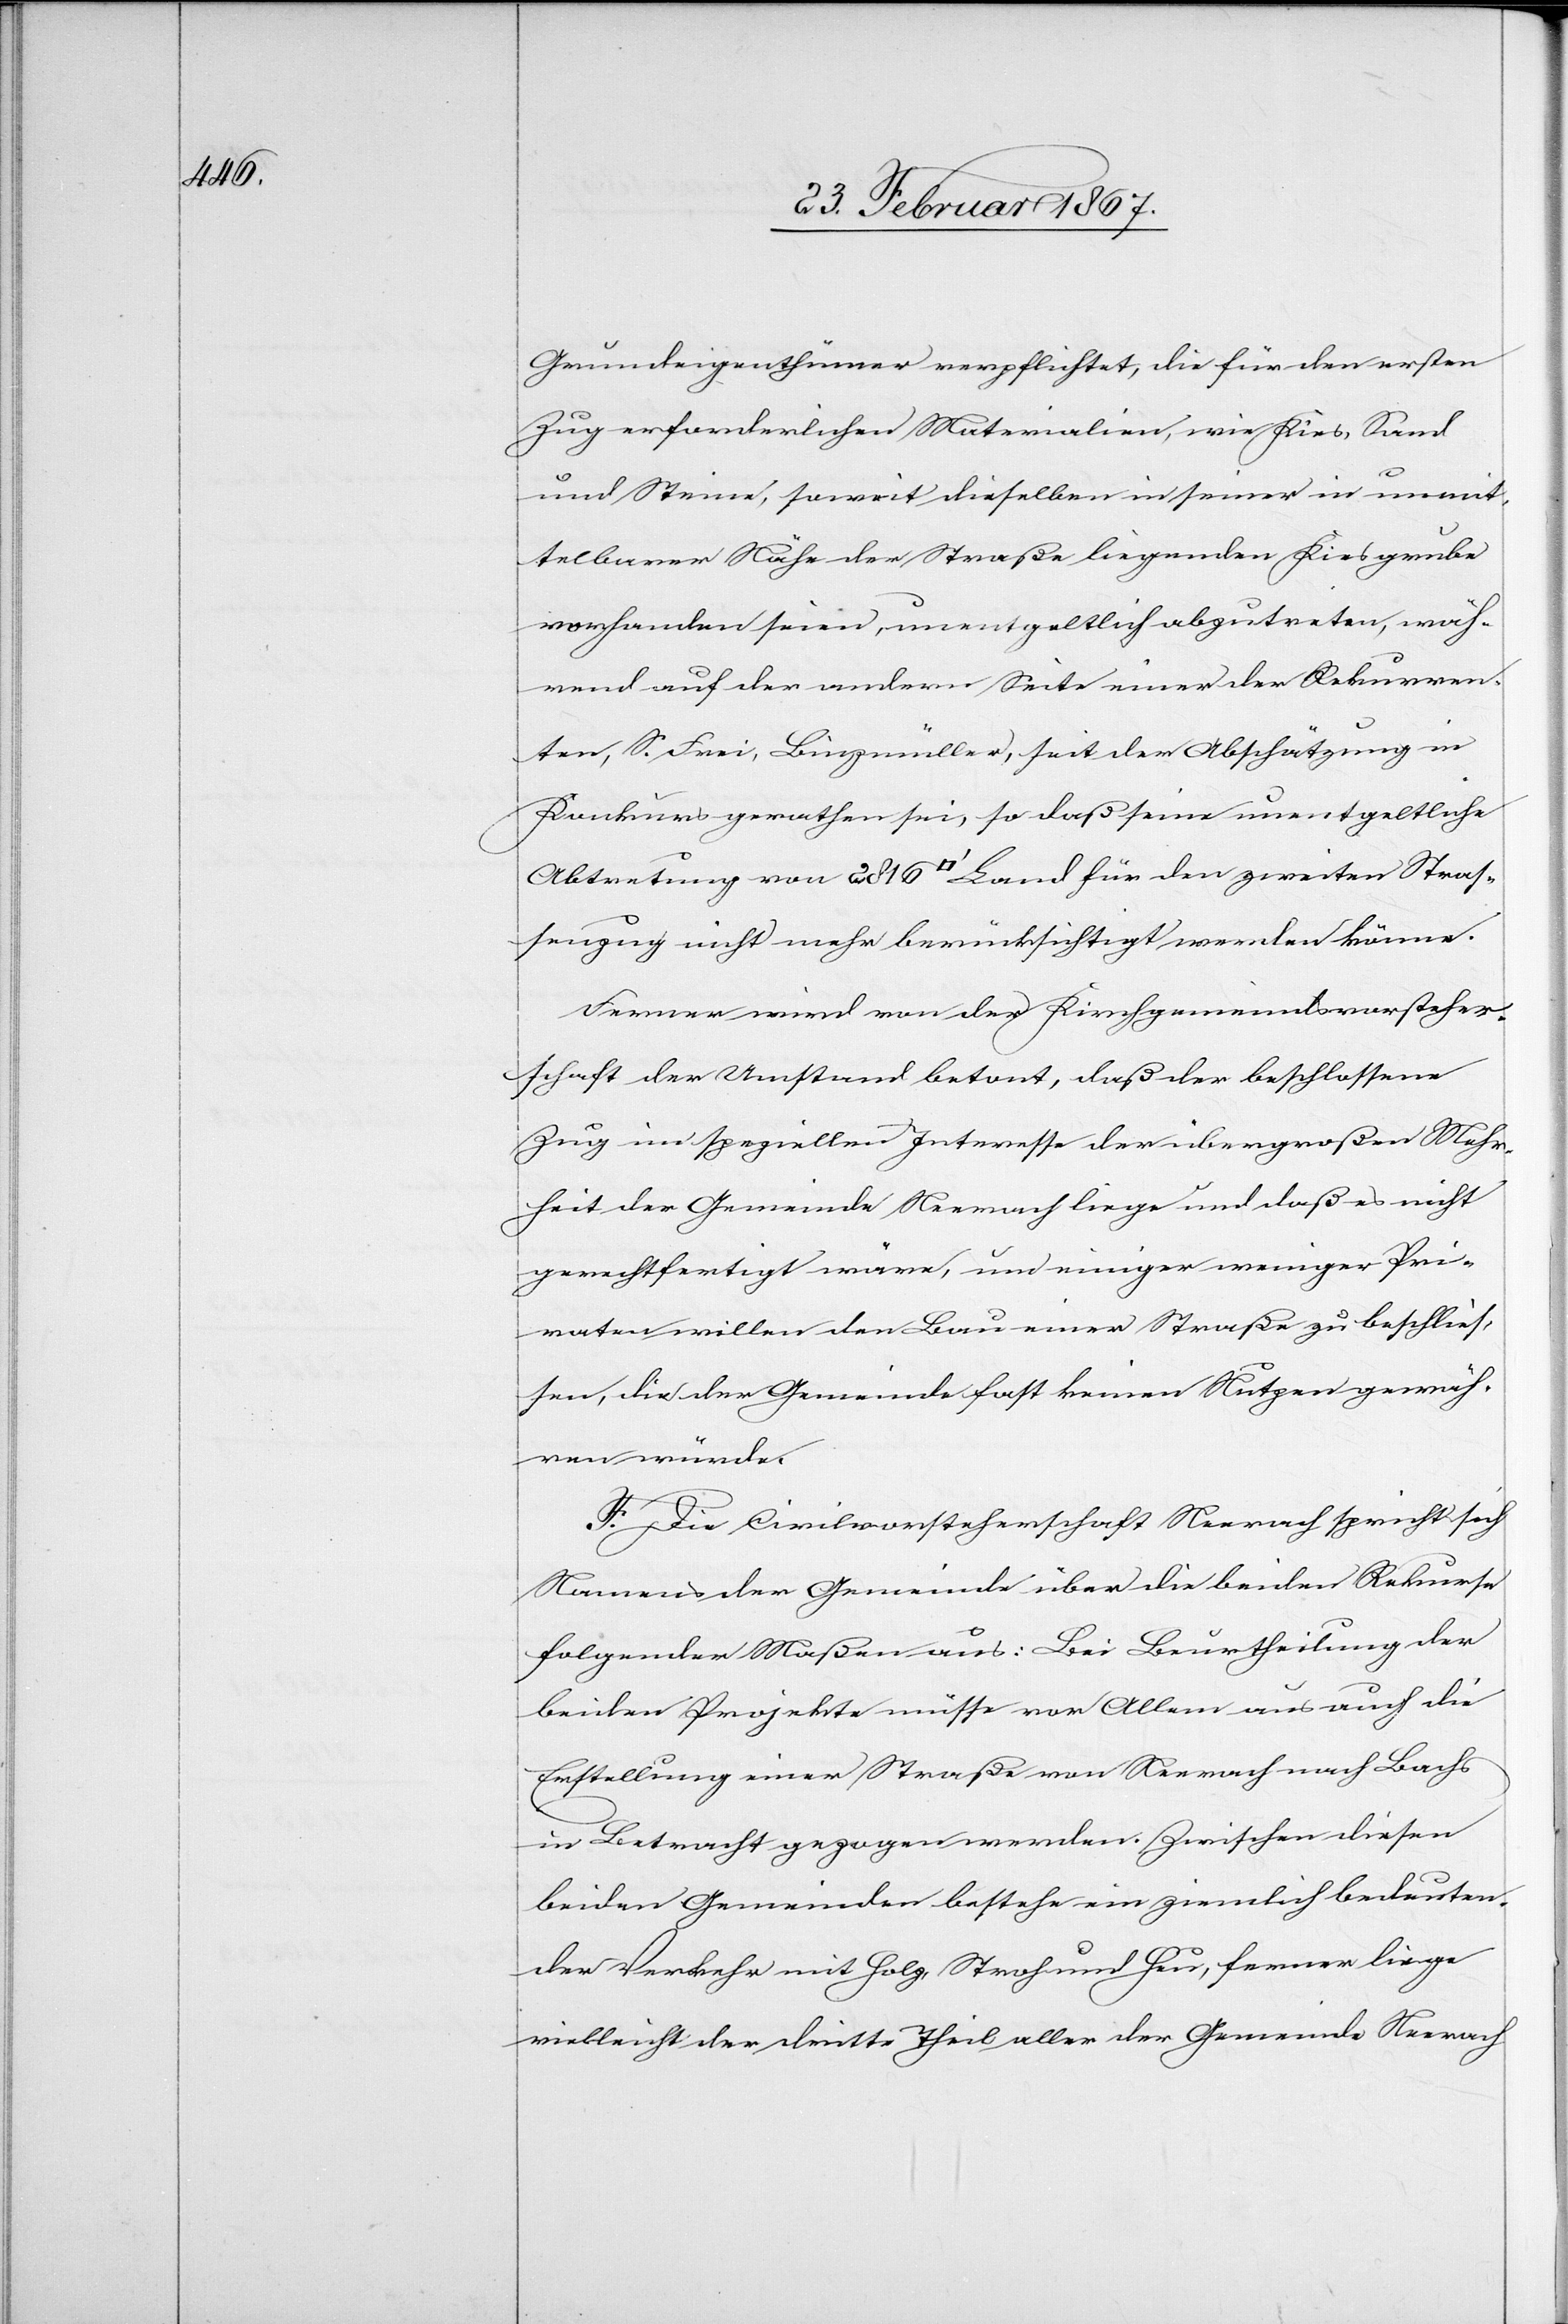
Grundeigenthümer verpflichtet, die für den ersten
Zug erforderlichen Materialien, wie Kies, Sand
und Steine, soweit dieselben in seiner in unmit¬
telbarer Nähe der Straße liegenden Kiesgrube
vorhanden seien, unentgeltlich abzutreten, wäh¬
rend auf der andern Seite einer der Rekurren¬
ten, S. Frei, Binzmüller, seit der Abschätzung in
Konkurs gerathen sei, so daß seine unentgeltliche
Abtretung von 2816 [Quadratfuss] Land für den zweiten Straß¬
enzug nicht mehr berücksichtigt werden könne.
Ferner wird von der Kirchgemeindsvorsteher¬
schaft der Umstand betont, daß der beschlossene
Zug im speziellen Interesse der übergroßen Mehr¬
heit der Gemeinde Neerach liege und daß es nicht
gerechtfertigt wäre, um einiger weniger Pri¬
vaten willen den Bau einer Straße zu beschließ¬
en, die der Gemeinde fast keinen Nutzen gewäh¬
ren würde.
F. Die Civilvorsteherschaft Neerach spricht sich
Namens der Gemeinde über die beiden Rekurse
folgender Maßen aus: Bei Beurtheilung der
beiden Projekte müsse vor Allem aus auch die
Erstellung einer Straße von Neerach nach Bachs
Betracht gezogen werden. Zwischen diesen
beiden Gemeinden bestehe ein ziemlich bedeuten¬
der Verkehr mit Holz, Stroh und Heu, ferner liege
vielleicht der dritte Theil aller der Gemeinde Neerach